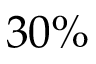
3 0 \%